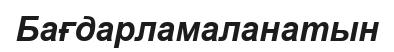
Бағдарламаланатын